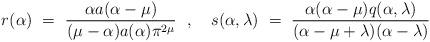
LaTeX: \begin{align*}r(\alpha) ~=~ \frac{\alpha a(\alpha-\mu)}{(\mu-\alpha)a(\alpha) \pi^{2\mu}}{}~~,~~~ s(\alpha, \lambda) ~=~ \frac{\alpha(\alpha-\mu) q(\alpha,\lambda)}{(\alpha-\mu+\lambda)(\alpha-\lambda)}\end{align*}